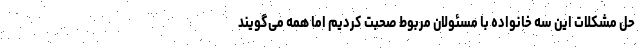
حل مشکلات این سه خانواده با مسئولان مربوط صحبت کردیم اما همه می‌گویند